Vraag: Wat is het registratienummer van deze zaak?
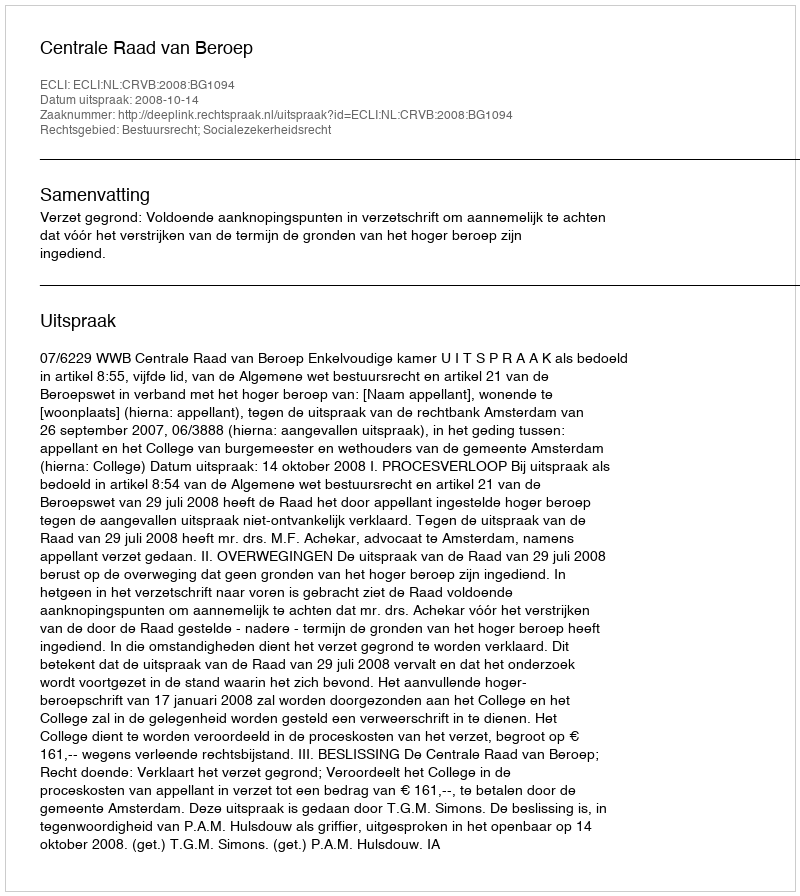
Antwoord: http://deeplink.rechtspraak.nl/uitspraak?id=ECLI:NL:CRVB:2008:BG1094